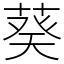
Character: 葵